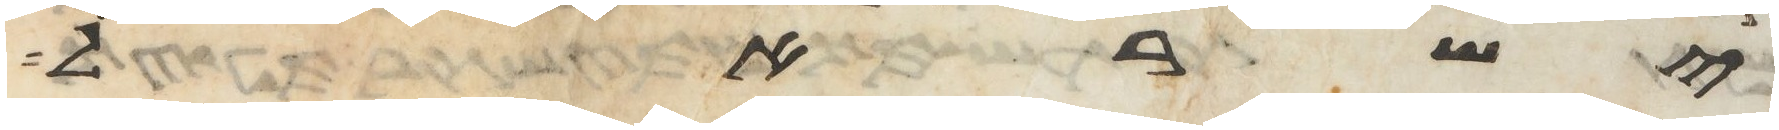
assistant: ישראל